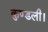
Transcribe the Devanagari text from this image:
कुण्डली।